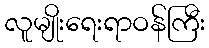
လူမျိုးရေးရာဝန်ကြီး